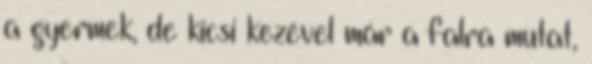
a gyermek, de kicsi kezével már a falra mutat,